Annual administration report of the Civil Veterinary Department of India - 1895-1896
Year: 1895
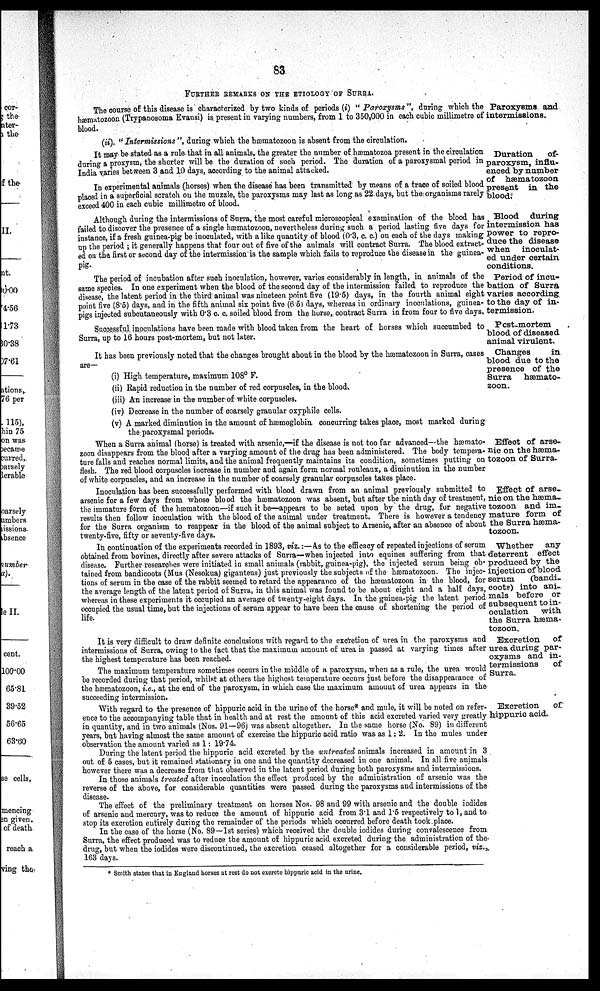
83
FURTHER REMARKS ON THE ETIOLOGY OF SURRA.
The course of this disease is characterized by two kinds of periods (i) " Paroxysms ", during which the Paroxysms and
hæmatozoon (Trypanosoma Evansi) is present in varying numbers, from 1 to 350,000 in each cubic millimetre of intermissions,
blood.
(ii). "Intermissions ", during which the hœmatozoon is absent from the circulation.
Duration
of-
paroxysm, influ-
enced by number
of hæmatozoon
present in the
blood.
It may be stated as a rule that in all animals, the greater the number or hæmatozoa present in the circulation
during a proxysm, the shorter will be the duration of such period. The duration of a paroxysmal period in
India varies between 3 and 10 days, according to the animal attacked.
In experimental animals (horses) when the disease has been transmitted by means of a trace of soiled blood
placed in a superficial scratch on the muzzle, the paroxysms may last as long as 22 days, but the organisms rarely
exceed 400 in each cubic millimetre of blood.
Blood during
intermission has
power to repro-
duce the disease
when
inoculat-
ed under certain
conditions.
Although during the intermissions of Surra, the most careful microscopical examination of the blood has
failed to discover the presence of a single hæmatozoon, nevertheless during such a period lasting five days for
instance, if a fresh guinea-pig be inoculated, with a like quantity of blood (0.3, c. c.) on each of the days making
up the period; it generally happens that four out of five of the animals will contract Surra. The blood extract-
ed on the first or second day of the intermission is the sample which fails to reproduce the disease in the guinea-
pig.
Period of incu-
bation of Surra
varies according
to the day of in-
termission.
The period of incubation after such inoculation, however, varies considerably in length, in animals of the
same species. In one experiment when the blood of the second day of the intermission failed to reproduce the
disease, the latent period in the third animal was nineteen point five (19.5) days, in the fourth animal eight
point five (8.5) days, and in the fifth animal six point five (6.5) days, whereas in ordinary inoculations, guinea-
pigs injected subcutaneously with 0.3 c. c. soiled blood from the horse, contract Surra in from four to five days.
Post-mortem
blood of diseased
animal virulent.
Successful inoculations have been made with blood taken from the heart of horses which succumbed to
Surra, up to 16 hours post-mortem, but not later.
Changes
in
blood due to the
presence of the
Surra
hæmato-
zoon.
It has been previously noted that the changes brought about in the blood by the hæmatozoon in Surra, cases
are—
(i) High temperature, maximum 108° F.
(ii) Rapid reduction in the number of red corpuscles, in the blood.
(iii) An increase in the number of white corpuscles.
(iv) Decrease in the number of coarsely granular oxyphile cells.
(v) A marked diminution in the amount of hæmoglobin concurring takes place, most marked during
the paroxysmal periods.
Effect of arse-
nic on the hæma-
tozoon of Surra.
When a Surra animal (horse) is treated with arsenic,—if the disease is not too far advanced—the hæmato-
zoon disappears from the blood after a varying amount of the drug has been administered. The body tempera-
ture falls and reaches normal limits, and the animal frequently maintains its condition, sometimes putting on
flesh. The red blood corpuscles increase in number and again form normal rouleaux, a diminution in the number
of white corpuscles, and an increase in the number of coarsely granular corpuscles takes place.
Effect of arse-
nic on the hæma-
tozoon and im-
mature form of
the Surra hæma-
tozoon.
Inoculation has been successfully performed with blood drawn from an animal previously submitted to
arsenic for a few days from whose blood the hæmatozoon was absent, but after the ninth day of treatment,
the immature form of the hæmatozoon—if such it be—appears to be acted upon by the drug, for negative
results then follow inoculation with the blood of the animal under treatment. There is however a tendency
for the Surra organism to reappear in the blood of the animal subject to Arsenic, after an absence of about
twenty-five, fifty or seventy-five days.
Whether
any
deterrent effect
produced by the
injection of blood
serum
(bandi-
coots) into ani-
mals before or
subsequent to in-
oculation
with
the Surra hæma-
tozoon.
In continuation of the experiments recorded in 1893, viz.:—As to the efficacy of repeated injections of serum
obtained from bovines, directly after severe attacks of Surra—when injected into equines suffering from that
disease. Further researches were initiated in small animals (rabbit, guinea-pig), the injected serum being ob-
tained from bandicoots (Mus (Nesokua) giganteus) just previously the subjects of the hæmatozoon. The injec-
tions of serum in the case of the rabbit seemed to retard the appearance of the hæmatozoon in the blood, for
the average length of the latent period of Surra, in this animal was found to be about eight and a half days,
whereas in these experiments it occupied an average of twenty-eight days. In the guinea-pig the latent period
occupied the usual time, but the injections of serum appear to have been the cause of shortening the period of
life.
Excretion
of
urea during par-
oxysms and in-
termissions
of
Surra.
It is very difficult to draw definite conclusions with regard to the excretion of urea in the paroxysms and
intermissions of Surra, owing to the fact that the maximum amount of urea is passed at varying times after
the highest temperature has been reached.
The maximum temperature sometimes occurs in the middle of a paroxysm, when as a rule, the urea would
be recorded during that period, whilst at others the highest temperature occurs just before the disappearance of
the hæmatozoon, i.e., at the end of the paroxysm, in which case the maximum amount of urea appears in the
succeeding intermission.
Excretion
of
hippuric acid.
With regard to the presence of hippuric acid in the urine of the horse* and mule, it will be noted on refer-
ence to the accompanying table that in health and at rest the amount of this acid excreted varied very greatly
in quantity, and in two animals (Nos. 91—96) was absent altogether. In the same horse (No. 89) in different
years, but having almost the same amount of exercise the hippuric acid ratio was as 1: 2. In the mules under
observation the amount varied as 1: 19.74.
During the latent period the hippuric acid excreted by the untreated animals increased in amount in 3
out of 5 cases, but it remained stationary in one and the quantity decreased in one animal. In all five animals
however there was a decrease from that observed in the latent period during both paroxysms and intermissions.
In those animals treated after inoculation the effect produced by the administration of arsenic was the
reverse of the above, for considerable quantities were passed during the paroxysms and intermissions of the
disease.
The effect of the preliminary treatment on horses Nos. 98 and 99 with arsenic and the double iodides
of arsenic and mercury, was to reduce the amount of hippuric acid from 3.1 and 1.5 respectively to 1, and to
stop its excretion eutirely during the remainder of the periods which occurred before death took place.
In the case of the horse (No. 89—1st series) which received the double iodides during convalescence from
Surra, the effect produced was to reduce the amount of hippuric acid excreted during the administration of the
drug, but when the iodides were discontinued, the excretion ceased altogether for a considerable period, viz.,
163 days.
* Smith states that in England horses at rest do not excrete hippuric acid in the urine.